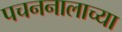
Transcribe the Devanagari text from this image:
पचननालाच्या